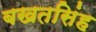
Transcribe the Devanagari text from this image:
बखतसिंह